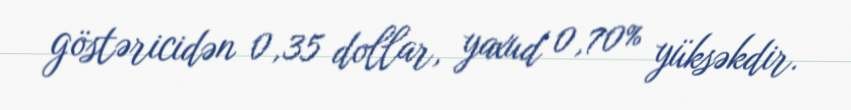
göstəricidən 0,35 dollar, yaxud 0,70% yüksəkdir.